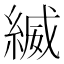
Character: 縅